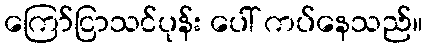
ကြော်ငြာသင်ပုန်း ပေါ် ကပ်နေသည်။